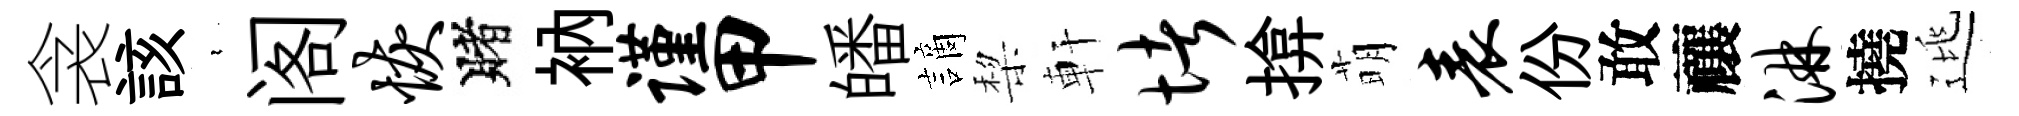
衾該裊阁恢賭衲谨甲皤謫棃軒堵揜萌表份敢禳淋撓逃